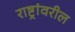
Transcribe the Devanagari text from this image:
राष्ट्रांवरील